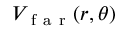
V _ { \mathrm { ~ f ~ a ~ r ~ } } ( r , \theta )